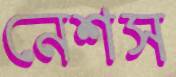
নেশস